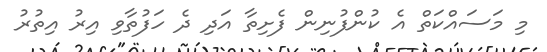
މި މަސައްކަތް އެ ކުންފުނިން ފެށިތާ އަދި ދެ ހަފުތާވި އިރު އިތުރު